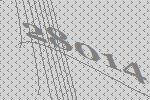
28014